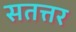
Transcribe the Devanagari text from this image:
सतत्तर